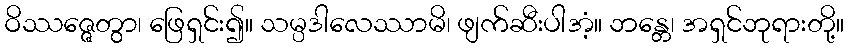
ဝိဿဇ္ဇေတွာ၊ ဖြေရှင်း၍။ သမ္ပဒါလေဿာမိ၊ ဖျက်ဆီးပါအံ့။ ဘန္တေ၊ အရှင်ဘုရားတို့။